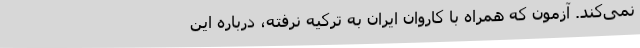
نمی‌کند. آزمون که همراه با کاروان ایران به ترکیه نرفته، درباره این